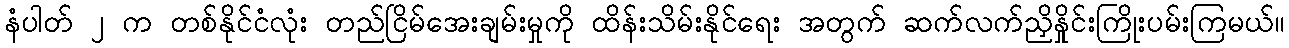
နံပါတ် ၂ က တစ်နိုင်ငံလုံး တည်ငြိမ်အေးချမ်းမှုကို ထိန်းသိမ်းနိုင်ရေး အတွက် ဆက်လက်ညှိနှိုင်းကြိုးပမ်းကြမယ်။